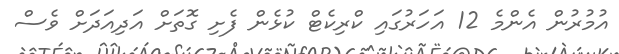
އުމުރުން އެންމެ 12 އަހަރުގައި ކްރިކެޓް ކުޅެން ފެށި ގޮތަށް އަދިއަދަށް ވެސް